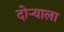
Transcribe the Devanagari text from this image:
दोऱ्याला